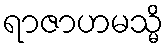
ရာဇာဟမသ္မိ